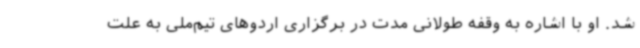
شد. او با اشاره به وقفه طولانی مدت در برگزاری اردوهای تیم‌ملی به علت